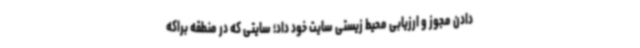
دادن مجوز و ارزیابی محیط زیستی سایت خود داد؛ سایتی که در منطقه براکه